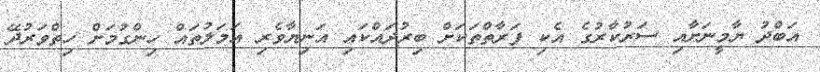
އަބްދު ޔާމީނަށާއި ސަރުކާރުގެ އެކި ފަރާތްތަކަށް ބިރުދައްކައި އަނިޔާވެރި އަމަލުތައް ހިންގުމަށް ހިތްވަރުދޭ